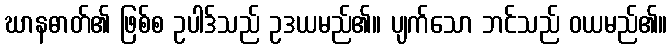
ဃာနဓာတ်၏ ဖြစ်စ ဥပါဒ်သည် ဥဒယမည်၏။ ပျက်သော ဘင်သည် ဝယမည်၏။